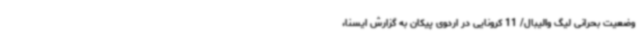
وضعیت بحرانی لیگ والیبال/ 11 کرونایی در اردوی پیکان به گزارش ایسنا،